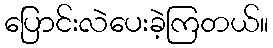
ပြောင်းလဲပေးခဲ့ကြတယ်။